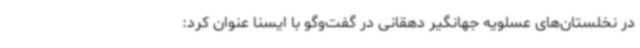
در نخلستان‌های عسلویه جهانگیر دهقانی در گفت‌وگو با ایسنا عنوان کرد: